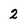
Character: 2